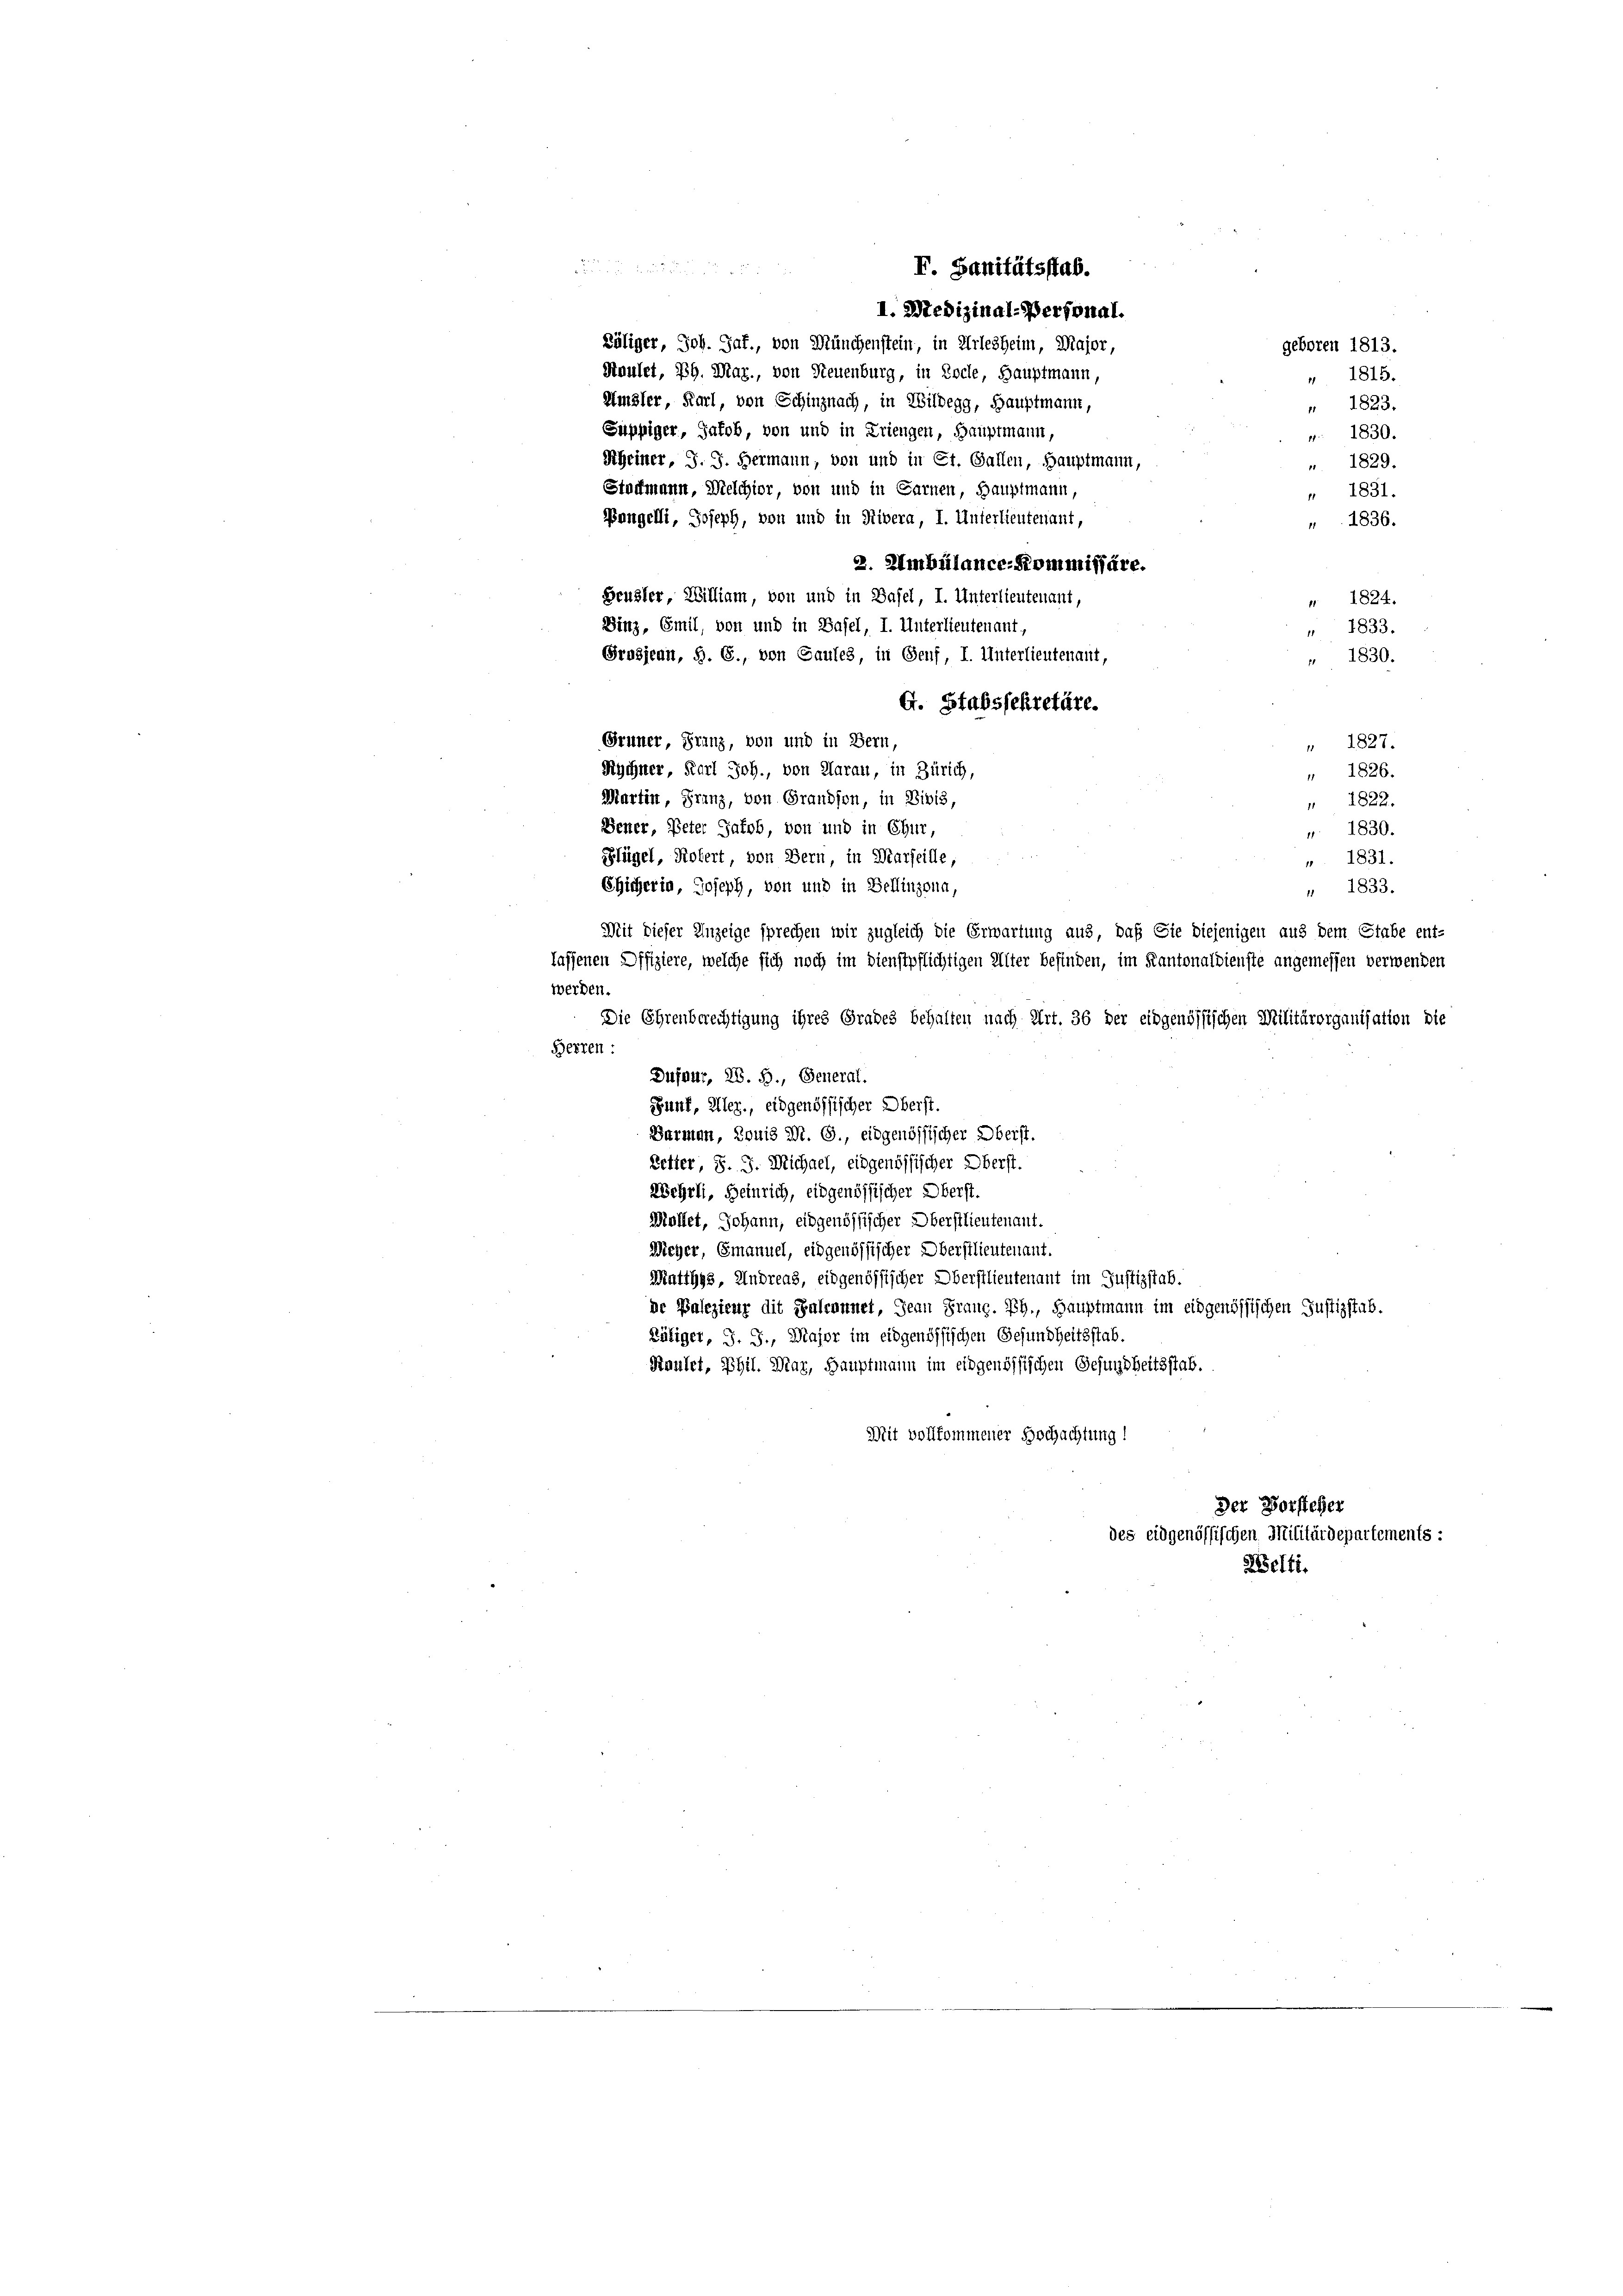
Rychner, Karl Joh., von Aarau, in Zürich,

1. Medizinal-Personal.

F. Sanitätsstab.

Läliger, Joh. Jaf., von Münchenstein, in Arlesheim, Major,
geboren 1813.
Haulet, Ph. Mag., von Neuenburg, in Loche, Hauptmann,
" 1815.
Amsler, Karl, von Schinznach, in Wildegg, Hauptmann,
" 1823.
Süppiger, Jakob, von und in Kriengen, Hauptmann,
 1830.
Rheiner, J. J. Hermann, von und in St. Gallen, Hauptmann,
1829.
Stadtmann, Melchior, von und in Sarnen, Hauptmann,
" 1831.
Bangelli, Joseph, von und in Rivera, I. Unterlieutenant,
1836.
2. Ambülance-Kommissäre.
Heusler, William, von und in Basel, I. Unterlieutenant,
" 1824.
Dinz, Emil, von und in Basel, I. Unterlieutenant,
" 1833.
Grossenn, S. 6., von Gaules, in Genf, I. Unterlieutenauf,
 1830.
G. Stabssekretäre.
Grüner, Franz, von und in Bern,
 1827.
" 1826.
Martin, Franz, von Grandson, in Bibis,
" 1822.
Gener, Peter Jakob, von und in Chur,
 1830.
Plügel, Kofert, von Bern, in Marseille,
 1831.
Chitherin, Joseph, von und in Bellinzona,
 1833.
Mit dieser Anzeige sprechen wir zugleich die Erwartung aus, daß Sie diejenigen aus dem Stabe ent-
lassenen Offiziere, welche sich noch im Dienstpflichtigen Alter befinden, im Kantonaldienste angemessen verwenden
werden.
Die Ehrenberechtigung ihres Grades behalten nach Art. 36 der eidgenössischen Militärorganisation die
Herren:
Dufour, 28. 5., General.
Zunf, Uler., eidgenössischer Oberst.
Barmen, Louis N. O., eidgenössischer Oberst.
Ketter, S. J. Michael, eidgenössischer Oberst.
Wehrli, Heinrich, eidgenössischer Oberst.
Mallet, Johann, eidgenössischer Oberstlieutenant.
Meyer, Emanuel, eidgenössischer Oberstlieutenant.
Matthys, Andreas, eidgenössischer Oberstlieutenant im Justizstab.
de Palezieur dit Salmannet, Jean Prang. Ph., Hauptmann im eidgenössischen Justizstab.
Rätiger, J. J., Major im eidgenössischen Gesundheitsstab.
Raulei, Phil. Mar, Hauptmann im eidgenössischen Gesundheitsstab.
Mit vollkommener Hochachtung!
Der Vorsteher
des eidgenössischen Militärdepartements:
Welti.